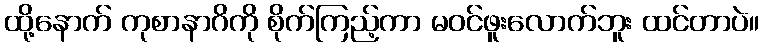
ထို့နောက် ကုစာနာဂိကို စိုက်ကြည့်ကာ မဝင်ဖူးလောက်ဘူး ထင်တာပဲ။